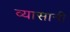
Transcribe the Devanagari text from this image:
व्यासानी